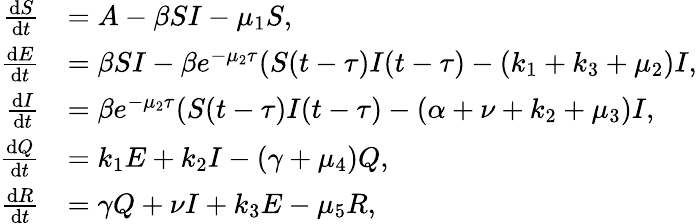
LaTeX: \begin{array}{rl}{\frac{\mathrm{d}S}{\mathrm{d}t}}&{=A-\beta SI-\mu_{1}S,}\\ {\frac{\mathrm{d}E}{\mathrm{d}t}}&{=\beta SI-\beta e^{-\mu_{2}\tau}(S(t-\tau)I(t-\tau)-(k_{1}+k_{3}+\mu_{2})I,}\\ {\frac{\mathrm{d}I}{\mathrm{d}t}}&{=\beta e^{-\mu_{2}\tau}(S(t-\tau)I(t-\tau)-(\alpha+\nu+k_{2}+\mu_{3})I,}\\ {\frac{\mathrm{d}Q}{\mathrm{d}t}}&{=k_{1}E+k_{2}I-(\gamma+\mu_{4})Q,}\\ {\frac{\mathrm{d}R}{\mathrm{d}t}}&{=\gamma Q+\nu I+k_{3}E-\mu_{5}R,}\end{array}